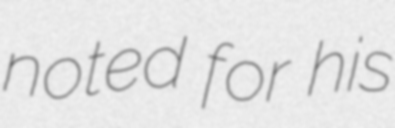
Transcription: noted for his